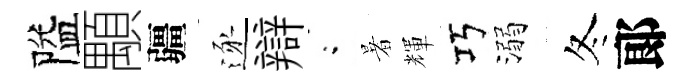
隘顒疆逐辯閤暑輝巧溺冬郞